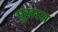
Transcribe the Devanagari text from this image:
मुसास